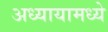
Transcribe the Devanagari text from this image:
अध्यायामध्ये